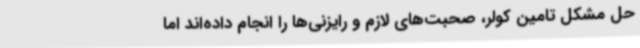
حل مشکل تامین کولر، صحبت‌های لازم و رایزنی‌ها را انجام داده‌اند اما